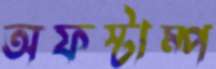
অফস্টাম্প